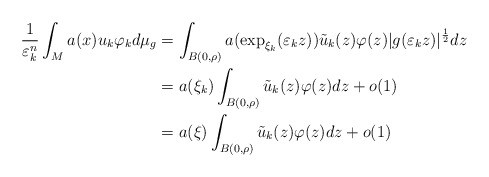
\begin{align*}\frac{1}{\varepsilon_{k}^{n}}\int_{M}a(x)u_{k}\varphi_{k}d\mu_{g} &=\int_{B(0,\rho)}a(\exp_{\xi_{k}}(\varepsilon_{k}z))\tilde{u}_{k}(z)\varphi(z)|g(\varepsilon_{k}z)|^{\frac{1}{2}}dz\\& =a(\xi_{k})\int_{B(0,\rho)}\tilde{u}_{k}(z)\varphi(z)dz+o(1)\\& =a(\xi)\int_{B(0,\rho)}\tilde{u}_{k}(z)\varphi(z)dz+o(1)\end{align*}